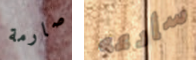
صارمة سأدعه